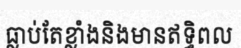
ធ្លាប់តែខ្លាំងនិងមានឥទ្ធិពល